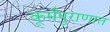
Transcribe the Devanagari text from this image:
कूर्मपुराणात